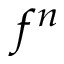
f ^ { n }